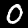
Digit: 0